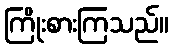
ကြိုးစားကြသည်။